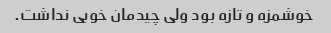
خوشمزه و تازه بود ولی چیدمان خوبی نداشت.